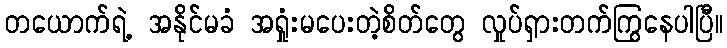
တယောက်ရဲ့ အနိုင်မခံ အရှုံးမပေးတဲ့စိတ်တွေ လှုပ်ရှားတက်ကြွနေပါပြီ။